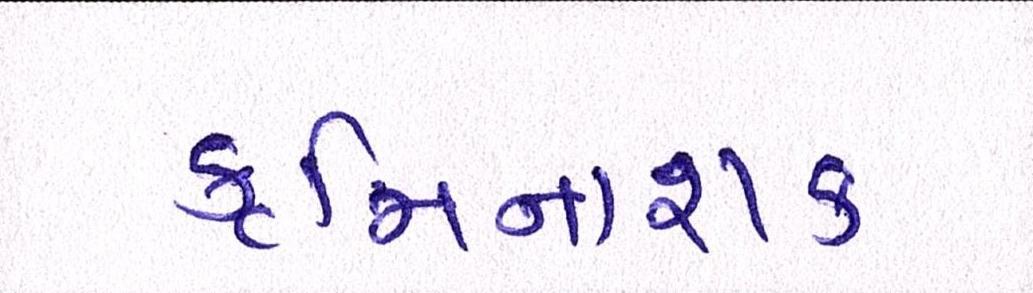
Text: કૃમિનાશક